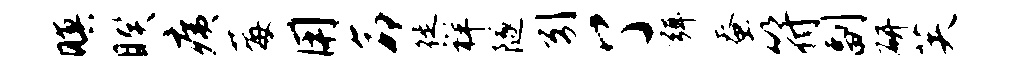
暝睽痍莓用命徙祥隧引了弭蚕符副研芙